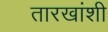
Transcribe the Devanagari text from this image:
तारखांशी